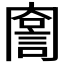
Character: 𧨣